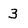
Character: 3